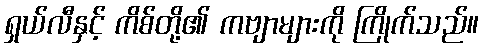
ရှယ်လီနှင့် ကိစ်တို့၏ ကဗျာများကို ကြိုက်သည်။